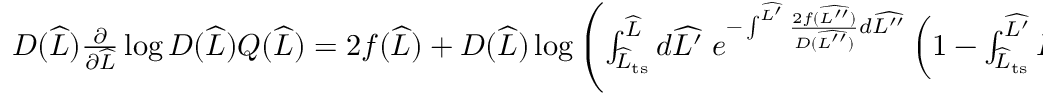
\begin{array} { r } { D ( \widehat { L } ) \frac { \partial } { \partial \widehat { L } } \log D ( \widehat { L } ) Q ( \widehat { L } ) = 2 f ( \widehat { L } ) + D ( \widehat { L } ) \log \left( \int _ { \widehat { L } _ { \mathrm { t s } } } ^ { \widehat { L } } d \widehat { L ^ { \prime } } \; e ^ { - \int ^ { \widehat { L ^ { \prime } } } \frac { 2 f ( \widehat { L ^ { \prime \prime } } ) } { D ( \widehat { L ^ { \prime \prime } } ) } d \widehat { L ^ { \prime \prime } } } \left( 1 - \int _ { \widehat { L } _ { \mathrm { t s } } } ^ { \widehat { L ^ { \prime } } } P ^ { \mathrm { i n } } ( \widehat { L ^ { \prime \prime } } ) d \widehat { L ^ { \prime \prime } } \right) \right) \ , } \end{array}